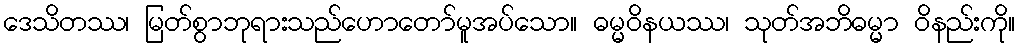
ဒေသိတဿ၊ မြတ်စွာဘုရားသည်ဟောတော်မူအပ်သော။ ဓမ္မဝိနယဿ၊ သုတ်အဘိဓမ္မာ ဝိနည်းကို။